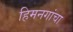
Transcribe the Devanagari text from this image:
हिमनगांचा